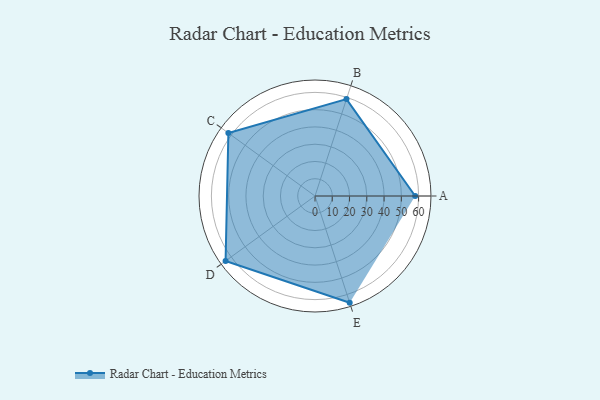
{"axis": {"x": "Skill", "y": "Score"}, "legend": ["Profile"], "data": [{"x": "A", "y": 58.0, "type": "Profile"}, {"x": "B", "y": 59.0, "type": "Profile"}, {"x": "C", "y": 62.0, "type": "Profile"}, {"x": "D", "y": 64.0, "type": "Profile"}, {"x": "E", "y": 65.0, "type": "Profile"}]}